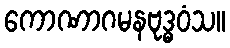
ကောဏာဂမနဗုဒ္ဓဝံသ။